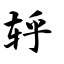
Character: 轷